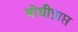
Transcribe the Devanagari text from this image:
बोधीप्राप्त